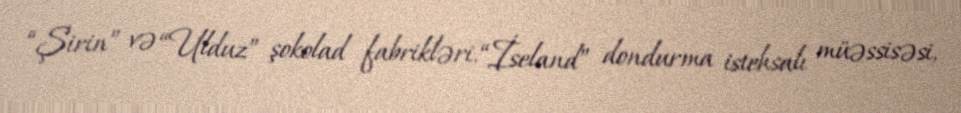
“Şirin” və “Ulduz” şokolad fabrikləri, “İseland” dondurma istehsalı müəssisəsi,